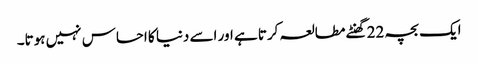
ایک بچہ 22 گھنٹے مطالعہ کرتا ہے اور اسے دنیا کا احساس نہیں ہوتا۔